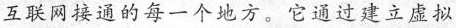
互联网接通的每一个地方。它通过建立虚拟